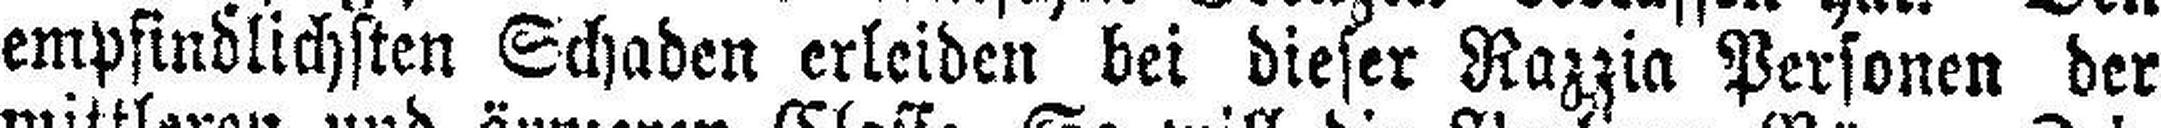
empfindlichsten Schaden erleiden bei dieser Razzia Personen der